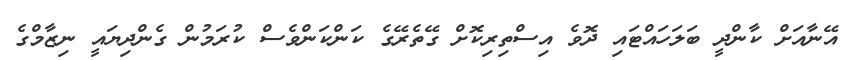
އޭނާއަށް ކާންދީ ބަލަހައްޓައި ދޮވެ އިސްތިރިކޮށް ގޭތެރޭގެ ކަންކަންވެސް ކުރަމުން ގެންދިޔައީ ނިޒާމްގެ